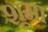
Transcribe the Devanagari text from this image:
शूमा